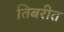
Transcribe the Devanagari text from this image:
तिबरीत